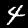
Digit: 4